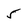
Character: 5